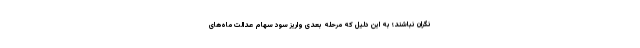
نگران نباشند؛ به این دلیل که مرحله بعدی واریز سود سهام عدالت ماه‌های